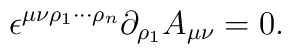
\epsilon^{\mu \nu \rho_1 \cdots \rho_n}                                    \partial_{\rho_1} A_{\mu \nu }=0.